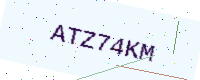
Text: ATZ74KM